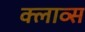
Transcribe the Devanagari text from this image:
क्लाव्स